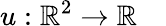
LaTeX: u:\mathbb{R}^{2}\to\mathbb{R}\quad